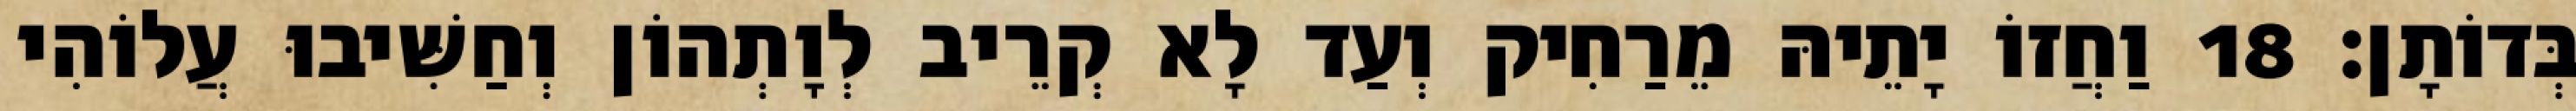
בְּדוֹתָן׃ 18 וַחֲזוֹ יָתֵיהּ מֵרַחִיק וְעַד לָא קְרֵיב לְוָתְהוֹן וְחַשִּׁיבוּ עֲלוֹהִי